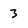
Character: 3